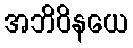
အဘိဝိနယေ